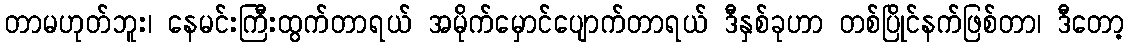
တာမဟုတ်ဘူး၊ နေမင်းကြီးထွက်တာရယ် အမိုက်မှောင်ပျောက်တာရယ် ဒီနှစ်ခုဟာ တစ်ပြိုင်နက်ဖြစ်တာ၊ ဒီတော့